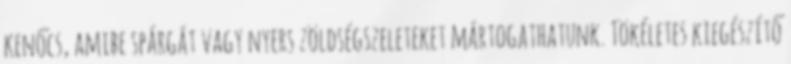
kenőcs, amibe spárgát vagy nyers zöldségszeleteket mártogathatunk. Tökéletes kiegészítő